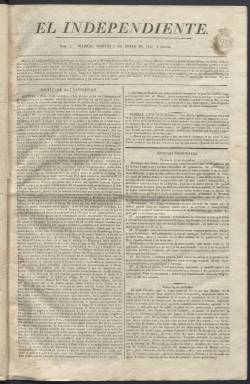
Título: El Independiente (Madrid. 1822)
Colección: Periódicos anteriores a 1850
Ámbito geográfico: Madrid
Lugar de publicación: Madrid
Fechas: 01/01/1822-21/03/1822